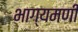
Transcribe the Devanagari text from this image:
भाग्यमणी